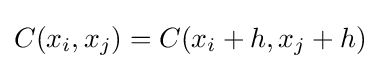
C(x_{i},x_{j})=C(x_{i}+h,x_{j}+h)